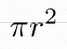
\pi r^2